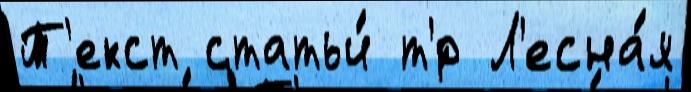
Т'екст статьи́ т'́р Л'есна́я